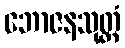
ဘောဇနသုတ္တံ